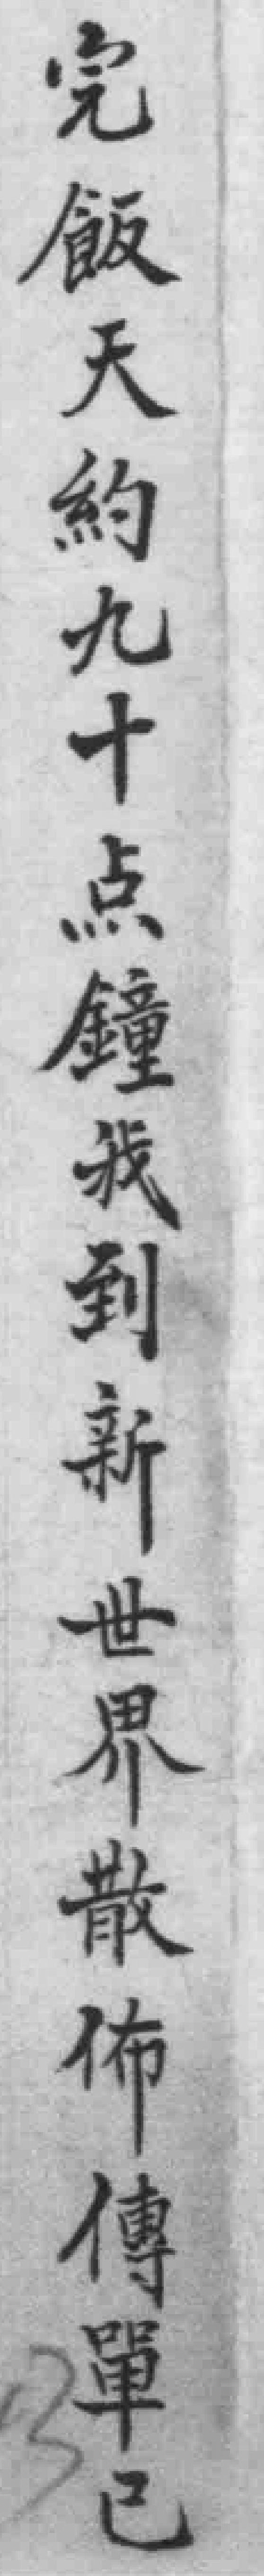
完飯天約九十点鐘我到新世界散佈傳單已